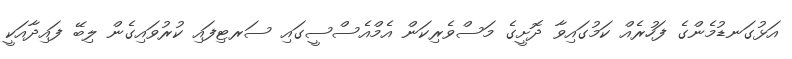
އަޅުގަނޑުމެންގެ ފަހުރެއް ކަމުގައިވާ ދޮށީގެ މަސްވެރިކަން އެމްއެސްސީގައި ސަރޓިފައި ކުރުވައިގެން ލިބޭ ފައިދާއަކީ